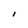
Character: I